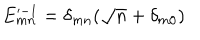
E _ { m n } ^ { - 1 } = \delta _ { m n } ( \sqrt { n } + \delta _ { m 0 } )